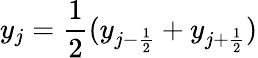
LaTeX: y_{j}=\frac{1}{2}(y_{j-\frac{1}{2}}+y_{j+\frac{1}{2}})